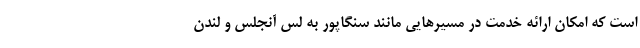
است که امکان ارائه خدمت در مسیرهایی مانند سنگاپور به لس آنجلس و لندن